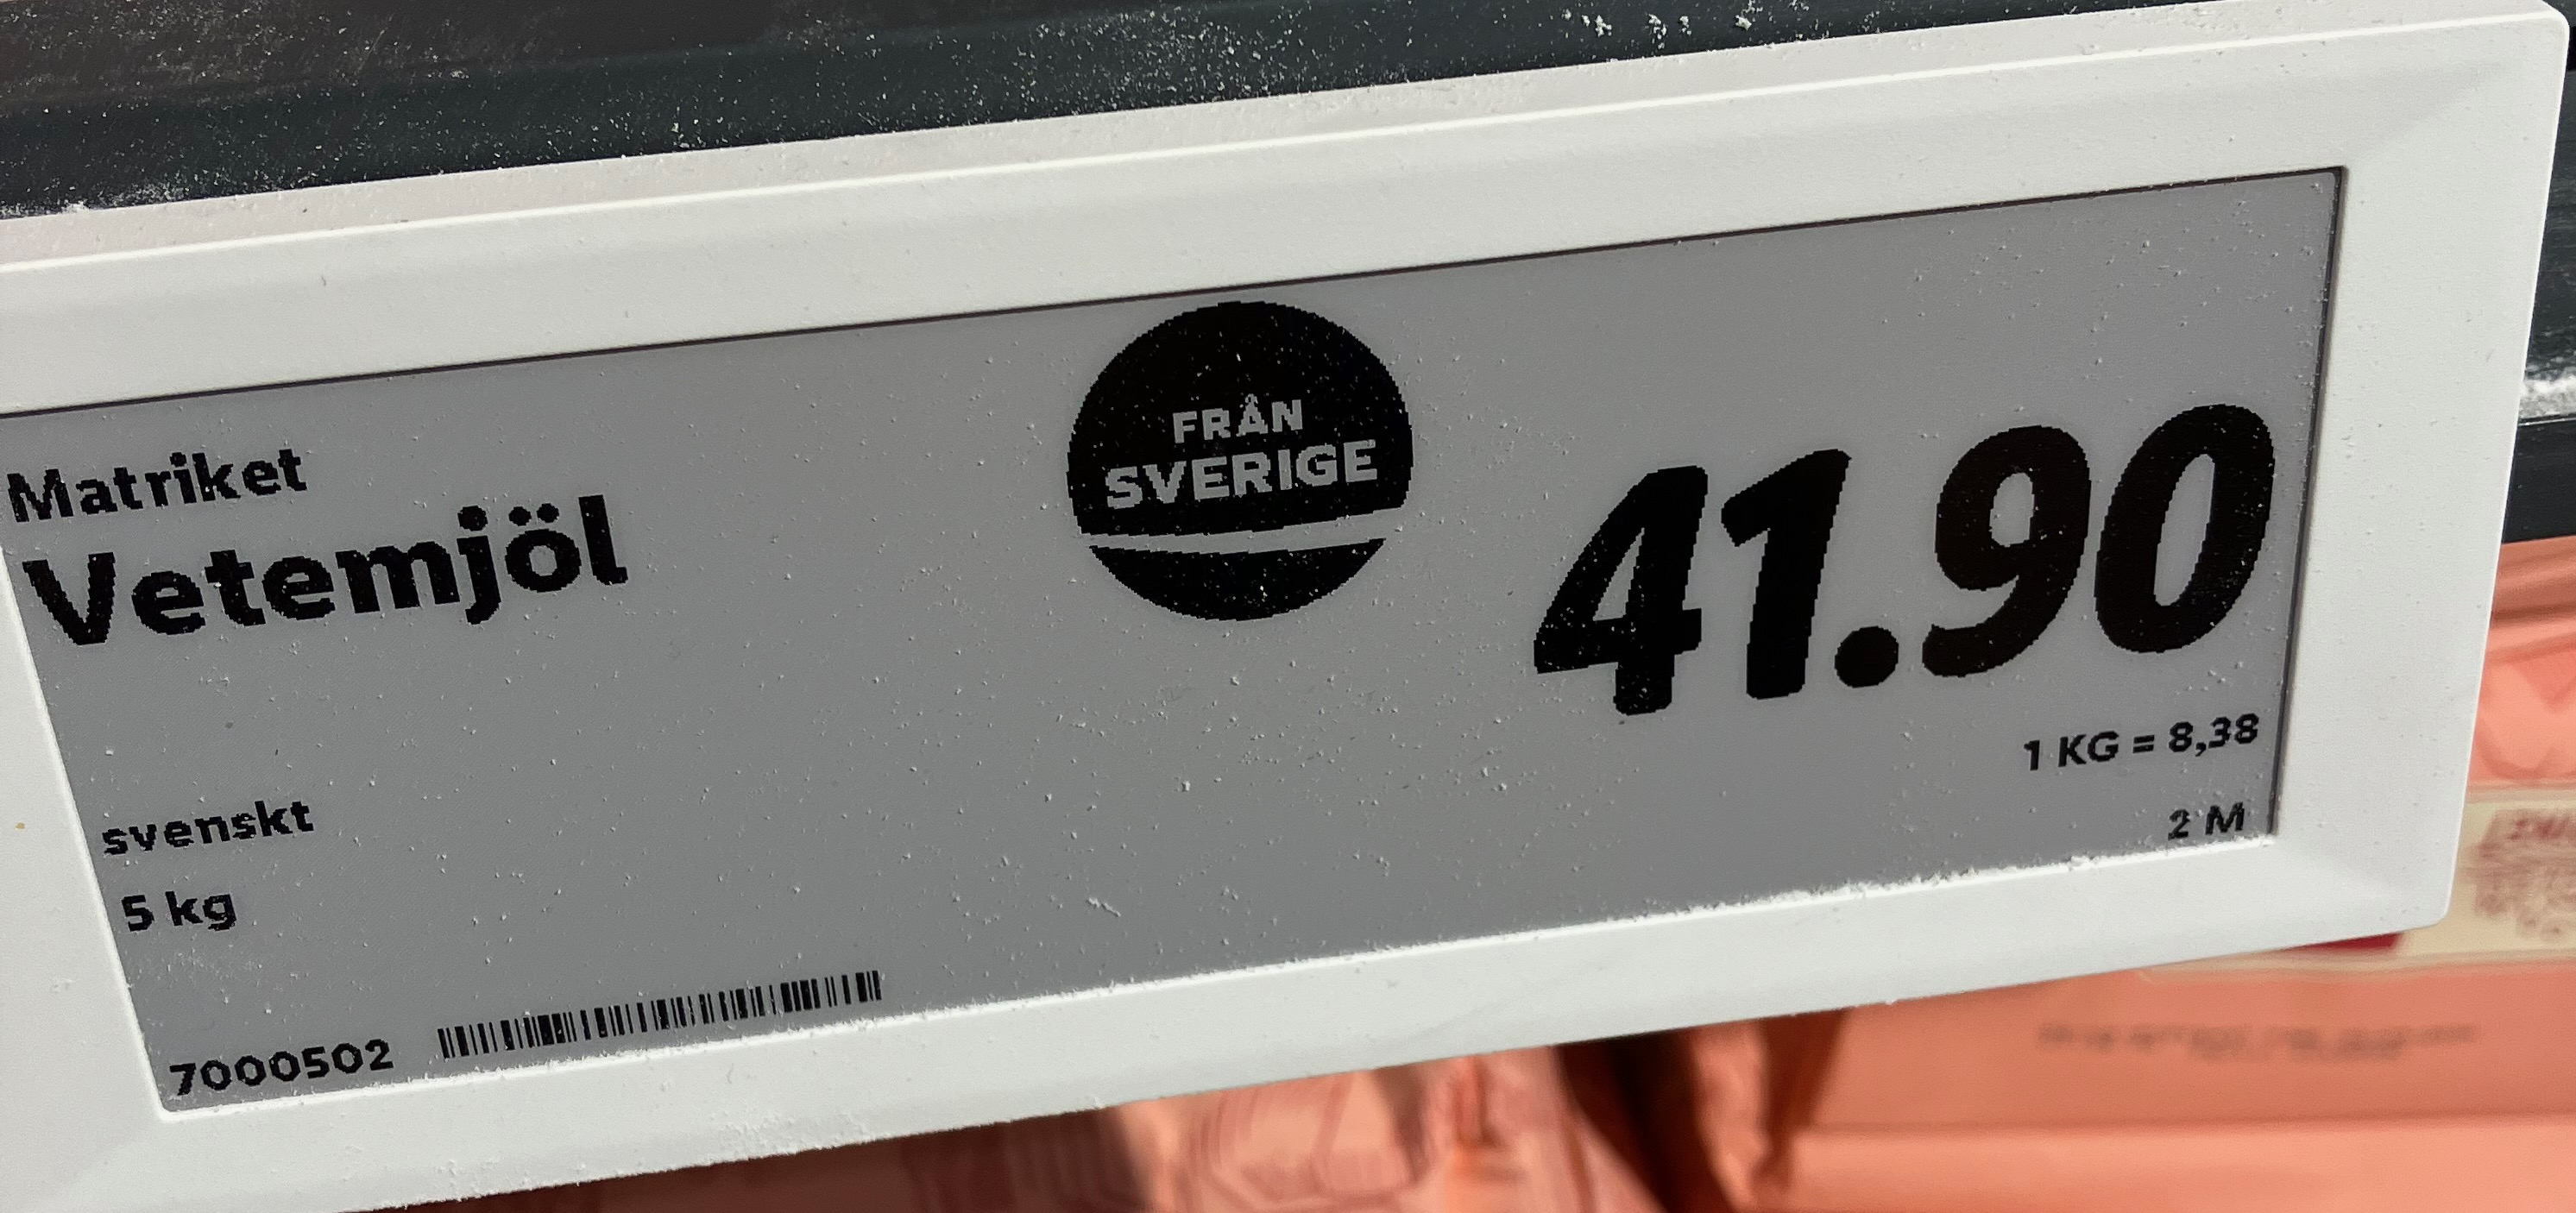
Vara: Vetemjöl
Genomsnittspris: 8.38 per kg